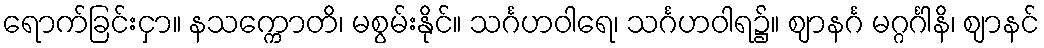
ရောက်ခြင်းငှာ။ နသက္ကောတိ၊ မစွမ်းနိုင်။ သင်္ဂဟဝါရေ၊ သင်္ဂဟဝါရ၌။ ဈာနင်္ဂ မဂ္ဂင်္ဂါနိ၊ ဈာနင်